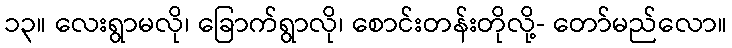
၁၃။ လေးရွာမလို၊ ခြောက်ရွာလို၊ စောင်းတန်းတိုလို့- တော်မည်လော။